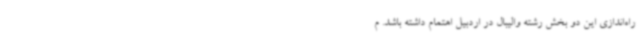
راه‌اندازی این دو بخش رشته والیبال در اردبیل اهتمام داشته باشد. م